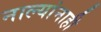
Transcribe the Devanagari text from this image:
नाल्यांनाही